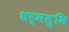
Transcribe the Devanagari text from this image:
धर्मतुमि